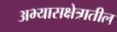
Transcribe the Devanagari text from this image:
अभ्यासक्षेत्रातील